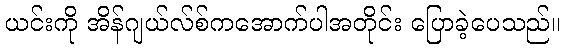
ယင်းကို အိန်ဂျယ်လ်စ်ကအောက်ပါအတိုင်း ပြောခဲ့ပေသည်။